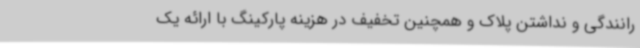
رانندگی و نداشتن پلاک و همچنین تخفیف در هزینه پارکینگ با ارائه یک